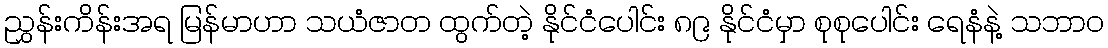
ညွှန်းကိန်းအရ မြန်မာဟာ သယံဇာတ ထွက်တဲ့ နိုင်ငံပေါင်း ၈၉ နိုင်ငံမှာ စုစုပေါင်း ရေနံနဲ့ သဘာဝ